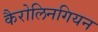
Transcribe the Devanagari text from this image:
कैरोलिनगियन